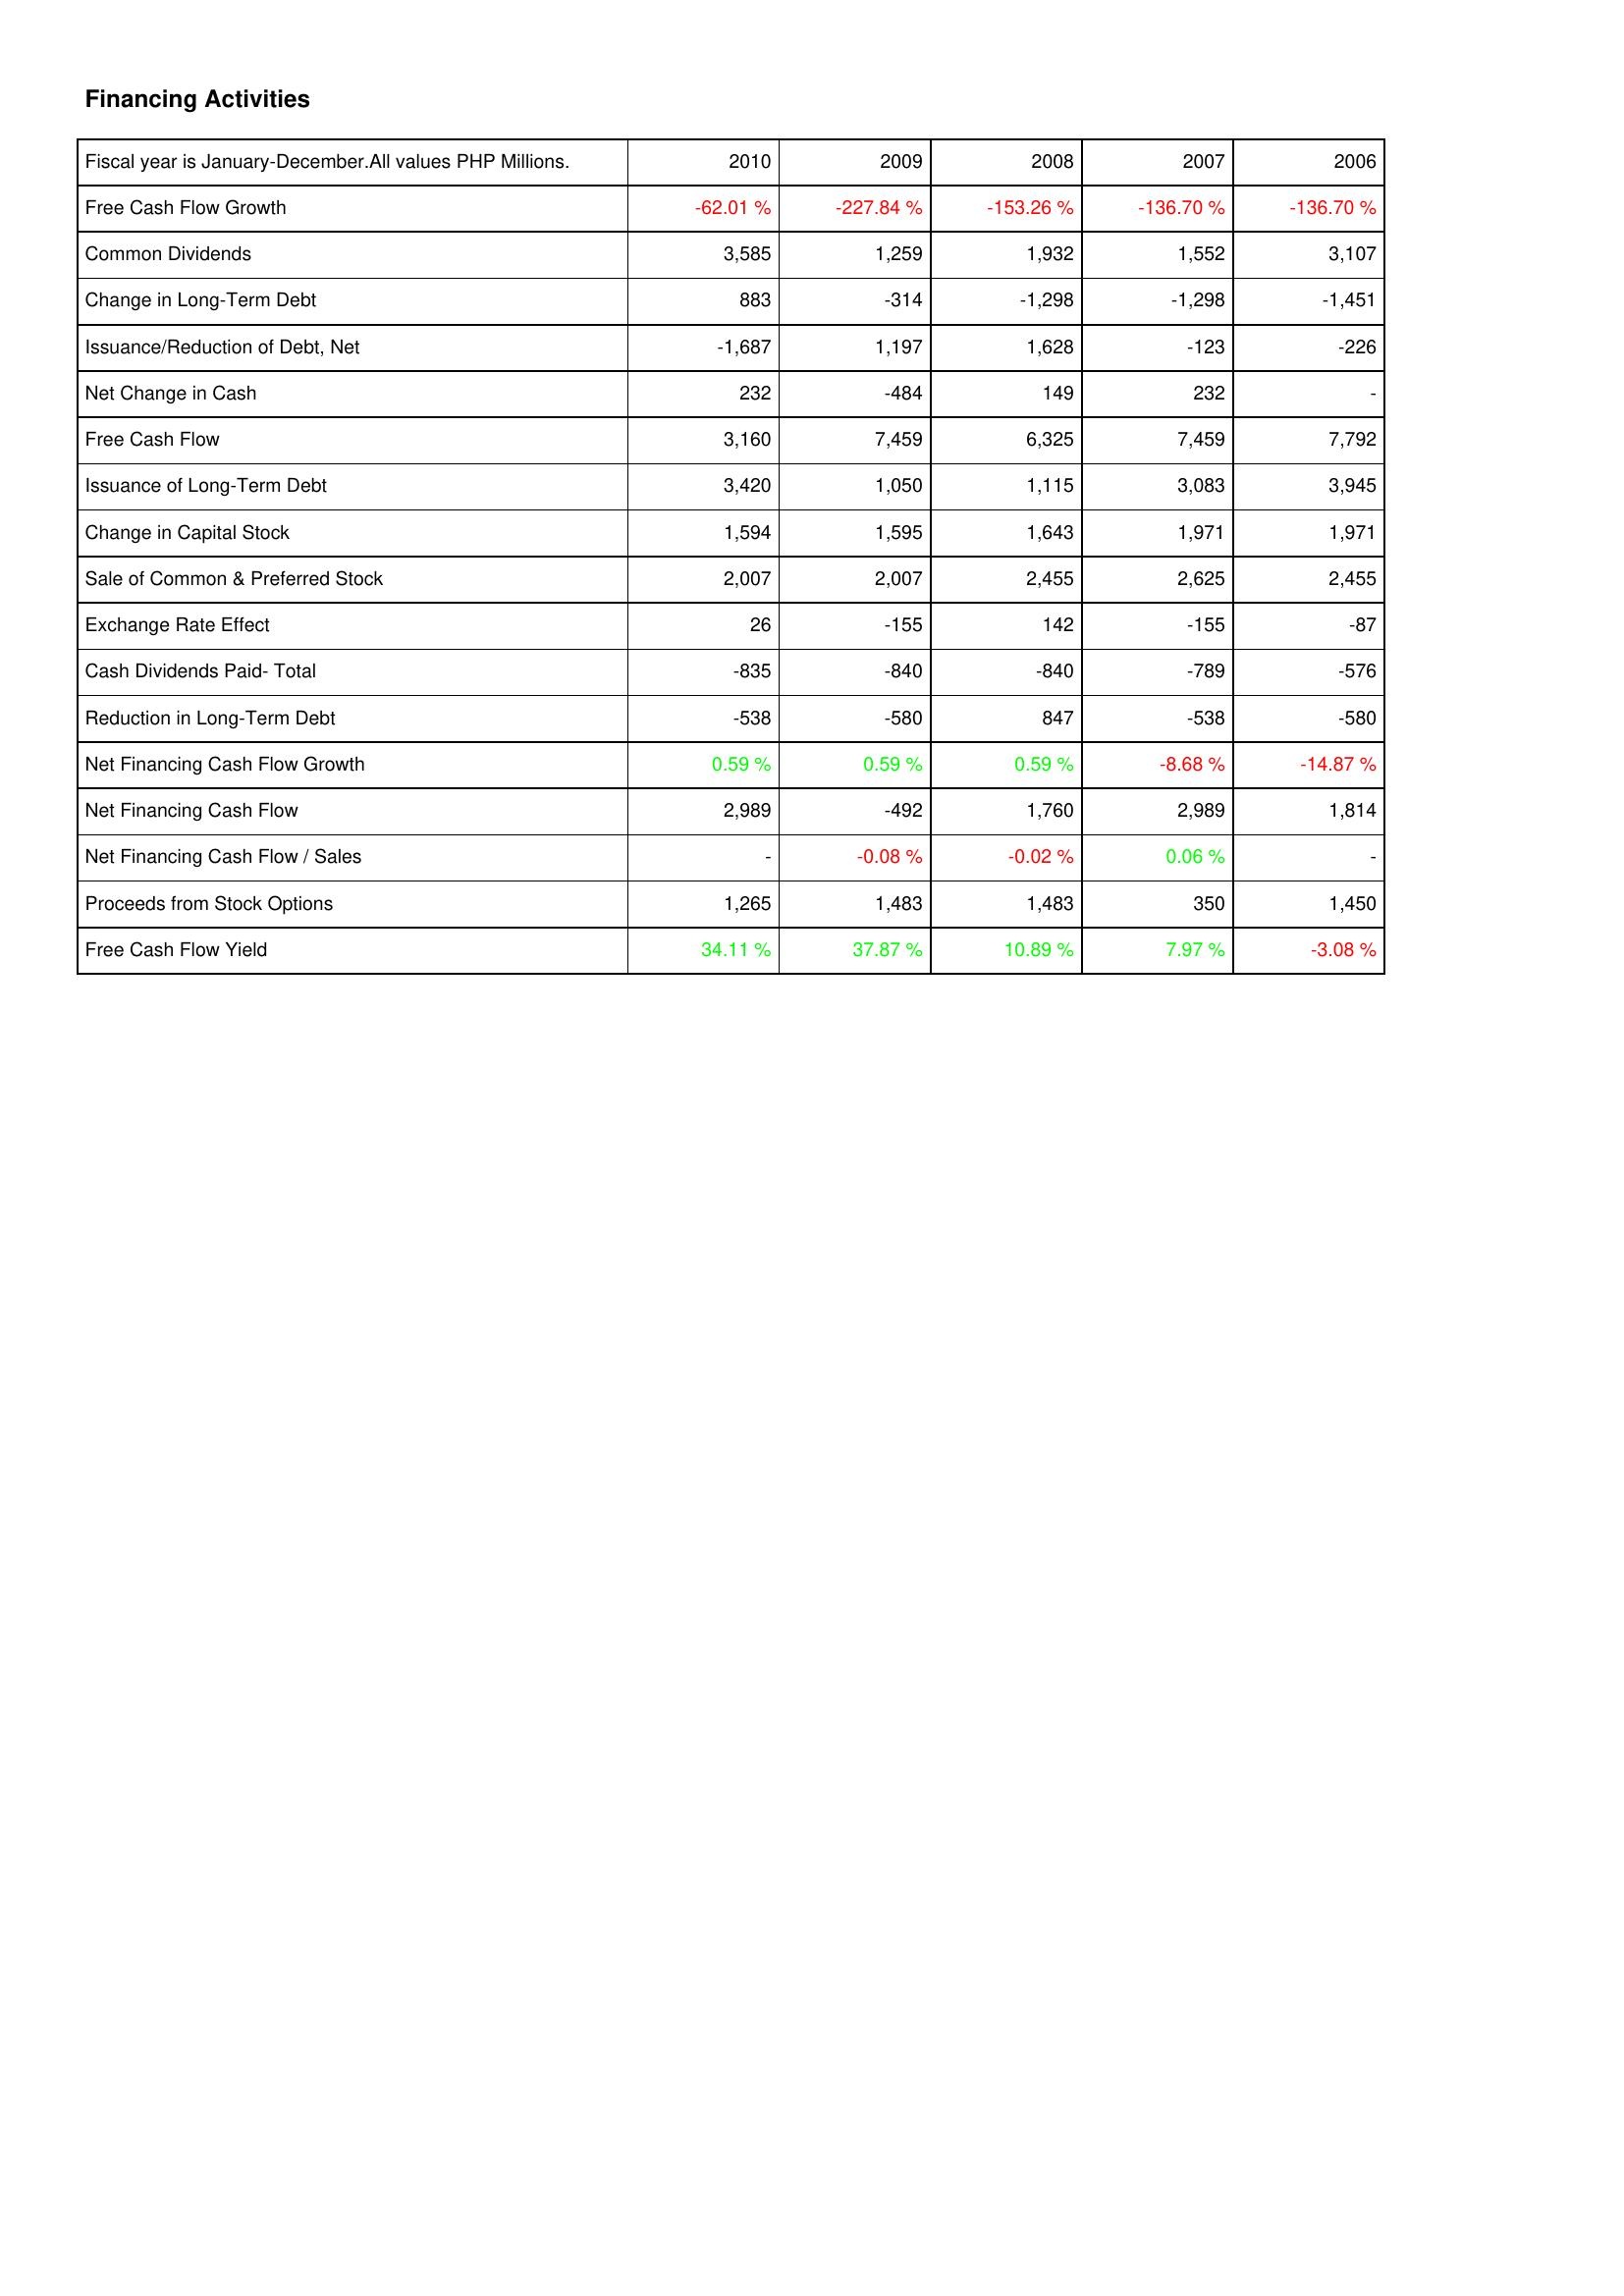
2010: Financing Activities: Free Cash Flow Growth: -62.01 %
Common Dividends: 3,585
Change in Long-Term Debt: 883
Issuance/Reduction of Debt, Net: -1,687
Net Change in Cash: 232
Free Cash Flow: 3,160
Issuance of Long-Term Debt: 3,420
Change in Capital Stock: 1,594
Sale of Common & Preferred Stock: 2,007
Exchange Rate Effect: 26
Cash Dividends Paid- Total: -835
Reduction in Long-Term Debt: -538
Net Financing Cash Flow Growth: 0.59 %
Net Financing Cash Flow: 2,989
Net Financing Cash Flow / Sales: -
Proceeds from Stock Options: 1,265
Free Cash Flow Yield: 34.11 %
2009: Financing Activities: Free Cash Flow Growth: -227.84 %
Common Dividends: 1,259
Change in Long-Term Debt: -314
Issuance/Reduction of Debt, Net: 1,197
Net Change in Cash: -484
Free Cash Flow: 7,459
Issuance of Long-Term Debt: 1,050
Change in Capital Stock: 1,595
Sale of Common & Preferred Stock: 2,007
Exchange Rate Effect: -155
Cash Dividends Paid- Total: -840
Reduction in Long-Term Debt: -580
Net Financing Cash Flow Growth: 0.59 %
Net Financing Cash Flow: -492
Net Financing Cash Flow / Sales: -0.08 %
Proceeds from Stock Options: 1,483
Free Cash Flow Yield: 37.87 %
2008: Financing Activities: Free Cash Flow Growth: -153.26 %
Common Dividends: 1,932
Change in Long-Term Debt: -1,298
Issuance/Reduction of Debt, Net: 1,628
Net Change in Cash: 149
Free Cash Flow: 6,325
Issuance of Long-Term Debt: 1,115
Change in Capital Stock: 1,643
Sale of Common & Preferred Stock: 2,455
Exchange Rate Effect: 142
Cash Dividends Paid- Total: -840
Reduction in Long-Term Debt: 847
Net Financing Cash Flow Growth: 0.59 %
Net Financing Cash Flow: 1,760
Net Financing Cash Flow / Sales: -0.02 %
Proceeds from Stock Options: 1,483
Free Cash Flow Yield: 10.89 %
2007: Financing Activities: Free Cash Flow Growth: -136.70 %
Common Dividends: 1,552
Change in Long-Term Debt: -1,298
Issuance/Reduction of Debt, Net: -123
Net Change in Cash: 232
Free Cash Flow: 7,459
Issuance of Long-Term Debt: 3,083
Change in Capital Stock: 1,971
Sale of Common & Preferred Stock: 2,625
Exchange Rate Effect: -155
Cash Dividends Paid- Total: -789
Reduction in Long-Term Debt: -538
Net Financing Cash Flow Growth: -8.68 %
Net Financing Cash Flow: 2,989
Net Financing Cash Flow / Sales: 0.06 %
Proceeds from Stock Options: 350
Free Cash Flow Yield: 7.97 %
2006: Financing Activities: Free Cash Flow Growth: -136.70 %
Common Dividends: 3,107
Change in Long-Term Debt: -1,451
Issuance/Reduction of Debt, Net: -226
Net Change in Cash: -
Free Cash Flow: 7,792
Issuance of Long-Term Debt: 3,945
Change in Capital Stock: 1,971
Sale of Common & Preferred Stock: 2,455
Exchange Rate Effect: -87
Cash Dividends Paid- Total: -576
Reduction in Long-Term Debt: -580
Net Financing Cash Flow Growth: -14.87 %
Net Financing Cash Flow: 1,814
Net Financing Cash Flow / Sales: -
Proceeds from Stock Options: 1,450
Free Cash Flow Yield: -3.08 %